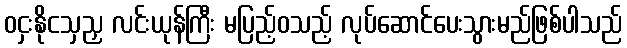
ဝငှးနိုငသှညှ လင်းယုန်ကြီး မပြည့်ဝသည့် လုပ်ဆောင်ပေးသွားမည်ဖြစ်ပါသည်